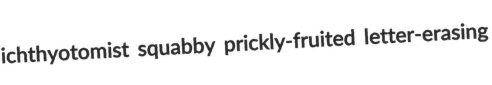
ichthyotomist squabby prickly-fruited letter-erasing